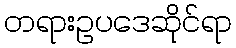
တရားဥပဒေဆိုင်ရာ